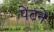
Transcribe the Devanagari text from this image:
पेंटने